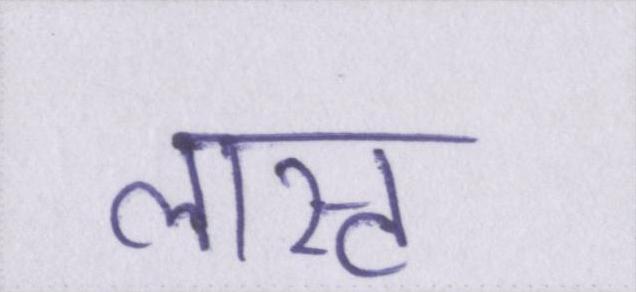
लास्ट